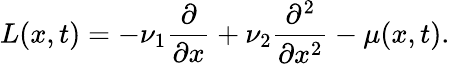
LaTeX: L(x,t)=-\nu_{1}\frac{\partial}{\partial x}+\nu_{2}\frac{\partial^{2}}{\partial x^{2}}-\mu(x,t).